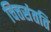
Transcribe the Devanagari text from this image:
चित्तसंतति